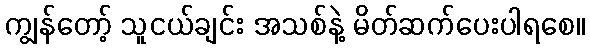
ကျွန်တော့် သူငယ်ချင်း အသစ်နဲ့ မိတ်ဆက်ပေးပါရစေ။